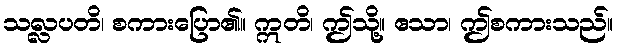
သလ္လပတိ၊ စကားပြော၏။ ဣတိ၊ ဤသို့။ ဧသာ၊ ဤစကားသည်။